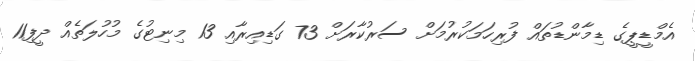
އެމްޑީޕީގެ ޑިމާންޑުތައް ފުރިހަމަކުރުމަށް ސަރުކާރަށް 73 ގަޑިއިރާއި 13 މިނިޓުގެ މުހުލަތެއް ދީފި11